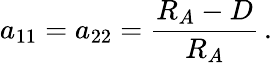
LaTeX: a_{11}=a_{22}={\frac{R_{A}-D}{R_{A}}}\, .